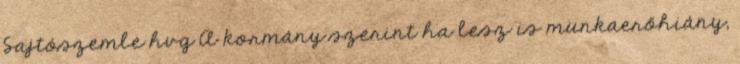
Sajtószemle hvg A kormány szerint ha lesz is munkaerőhiány,